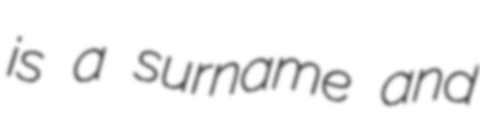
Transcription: is a surname and